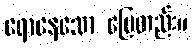
ရောနေသော မြေတည်း။